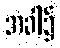
အခါ၌